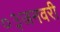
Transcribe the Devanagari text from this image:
०३जनवरी